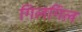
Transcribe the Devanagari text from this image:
गिलगिल